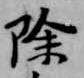
除